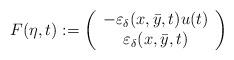
LaTeX: \begin{align*}\begin{aligned}F(\eta,t) & := \left(\begin{array}{c}- \varepsilon_\delta({x},\bar{y},t) u(t) \\\varepsilon_\delta({x},\bar{y},t)\end{array}\right)\end{aligned}\end{align*}